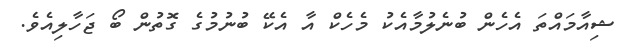
ޝިއާމައްތަ އެހެން ބުނެލުމާއެކު މެހެކް އާ އެކޭ ބުނުމުގެ ގޮތުން ބޯ ޖަހާލިއެވެ.